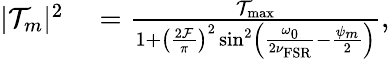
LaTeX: \begin{array}{rl}{|\mathcal{T}_{m}|^{2}}&{{}=\frac{\mathcal{T}_{\mathrm{max}}}{1+\left(\frac{2\mathcal{F}}{\pi}\right)^{2}\sin^{2}\left(\frac{\omega_{0}}{2\nu_{\mathrm{FSR}}}-\frac{\psi_{m}}{2}\right)},}\end{array}